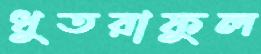
ধুতরাফুল